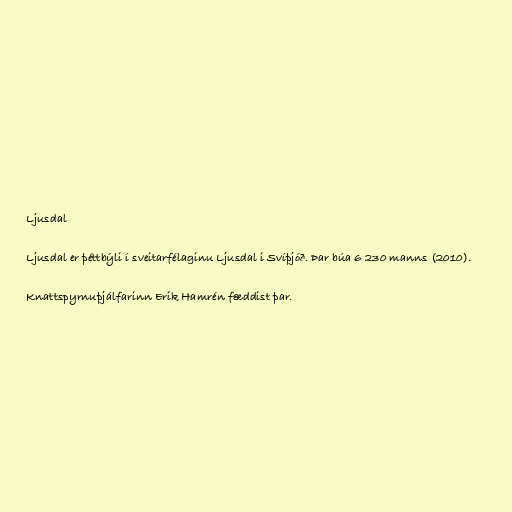
Ljusdal

Ljusdal er þéttbýli í sveitarfélaginu Ljusdal i Svíþjóð. Þar búa 6 230 manns (2010).

Knattspyrnuþjálfarinn Erik Hamrén fæddist þar.